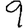
Digit: 9